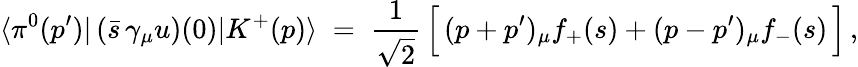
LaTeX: \langle\pi^{0}(p^{\prime})\vert\, (\bar{s}\, \gamma_{\mu}u)(0)\vert K^{+}(p)\rangle\; =\; \frac{1}{\sqrt{2}}\, \Big[\, (p+p^{\prime})_{\mu}f_{+}(s)+(p-p^{\prime})_{\mu}f_{-}(s)\, \Big]\, ,